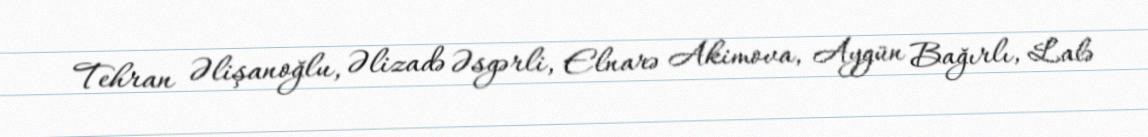
Tehran Əlişanoğlu, Əlizadə Əsgərli, Elnarə Akimova, Aygün Bağırlı, Lalə